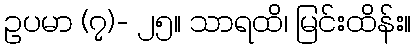
ဥပမာ (၇)- ၂၅။ သာရထိ၊ မြင်းထိန်း။